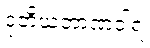
ဒုတိယဘာဏဝါရံ